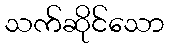
သက်ဆိုင်သော